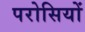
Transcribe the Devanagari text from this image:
परोसियों